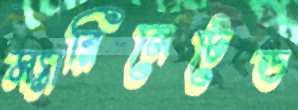
ম্যারিনেটেড